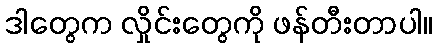
ဒါတွေက လှိုင်းတွေကို ဖန်တီးတာပါ။